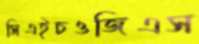
সিএইচওজিএস